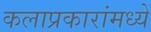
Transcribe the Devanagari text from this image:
कलाप्रकारांमध्ये